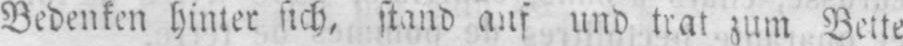
Bedenken hinter sich, stand auf und trat zum Bette